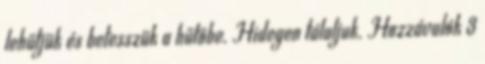
lehűtjük és betesszük a hűtőbe. Hidegen tálaljuk. Hozzávalók 3